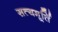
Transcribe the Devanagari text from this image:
सत्यमूर्ति